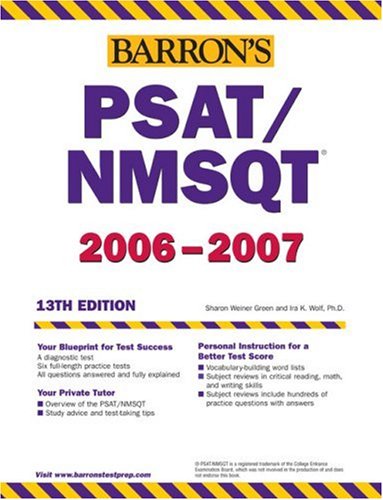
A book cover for Barron's PSAT/NMSQT 2008 (Barron's How to Prepare for the Psat Nmsqt Preliminary Scholastic Aptitude Test/National Merit Scholarship Qualifying Test); Sharon Weiner Green; Test Preparation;